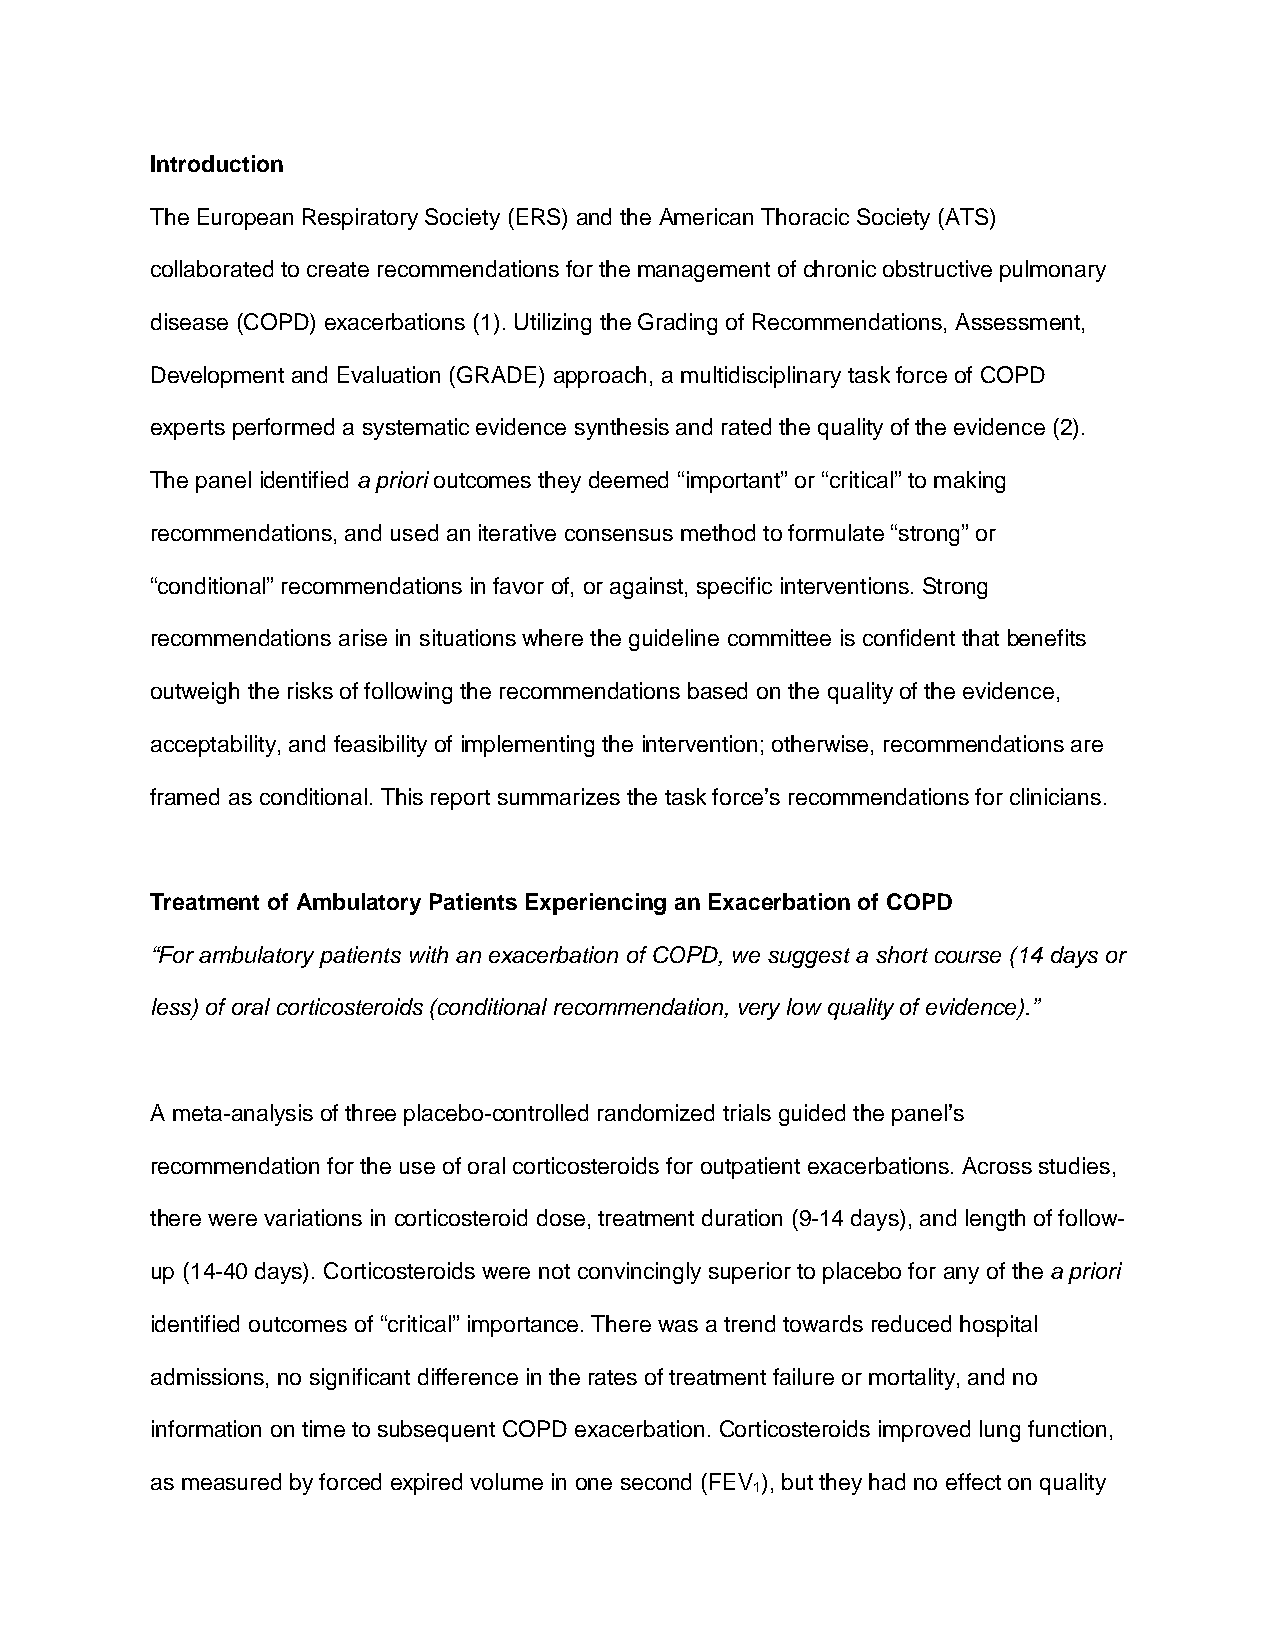
Introduction
 The European Respiratory Society (ERS) and the American Thoracic Society (ATS)
 collaborated to create recommendations for the management of chronic obstructive pulmonary
 disease (COPD) exacerbations (1). Utilizing the Grading of Recommendations, Assessment,
 Development and Evaluation (GRADE) approach, a multidisciplinary task force of COPD
 experts performed a systematic evidence synthesis and rated the quality of the evidence (2).
 The panel identified a priori outcomes they deemed “important” or “critical” to making
 recommendations, and used an iterative consensus method to formulate “strong” or
 “conditional” recommendations in favor of, or against, specific interventions. Strong
 recommendations arise in situations where the guideline committee is confident that benefits
 outweigh the risks of following the recommendations based on the quality of the evidence,
 acceptability, and feasibility of implementing the intervention; otherwise, recommendations are
 framed as conditional. This report summarizes the task force’s recommendations for clinicians.
 Treatment of Ambulatory Patients Experiencing an Exacerbation of COPD
 “For ambulatory patients with an exacerbation of COPD, we suggest a short course (14 days or
 less) of oral corticosteroids (conditional recommendation, very low quality of evidence).”
 A meta-analysis of three placebo-controlled randomized trials guided the panel’s
 recommendation for the use of oral corticosteroids for outpatient exacerbations. Across studies,
 there were variations in corticosteroid dose, treatment duration (9-14 days), and length of follow-
 up (14-40 days). Corticosteroids were not convincingly superior to placebo for any of the a priori
 identified outcomes of “critical” importance. There was a trend towards reduced hospital
 admissions, no significant difference in the rates of treatment failure or mortality, and no
 information on time to subsequent COPD exacerbation. Corticosteroids improved lung function,
 as measured by forced expired volume in one second (FEV ), but they had no effect on quality
 1